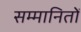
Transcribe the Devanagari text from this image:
सम्मानितों